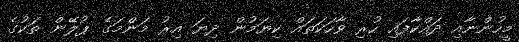
މީހުންނާއި ދައްކާފައި ހުރި ވާހަކަތައް ކިޔަމުން ދިޔަ އިރު މަންމަގެ ޕުލޭން ތަކުގެ